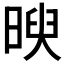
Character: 𣈵